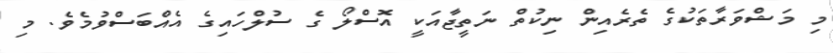
މި މަޝްވަރާތަކުގެ ތެރެއިން ނިކުތް ނަތީޖާއަކީ އޮސްލޯ ގެ ސުލްހައިގެ އެއްބަސްވުމެވެ. މި